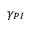
\gamma _ { P I }